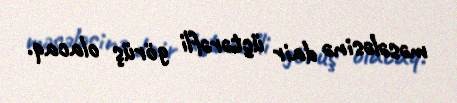
məsələsinə dair üçtərəfli görüş olacaq.